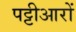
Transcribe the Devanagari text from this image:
पट्टीआरों